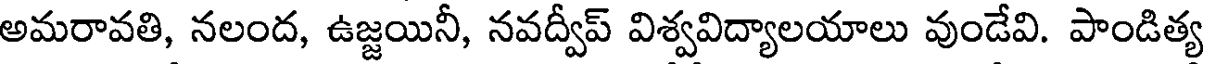
అమరావతి, నలంద, ఉజ్జయినీ, నవద్వీప్ విశ్వవిద్యాలయాలు వుండేవి. పాండిత్య